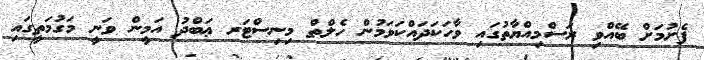
ފެށުމަށް ބޭއްވި ރަސްމިއްޔާތުގައި ވާހަކަދައްކަވަމުން ހެލްތް މިނިސްޓަރ ޢަބްދު އަމީން ވަނީ މަގުމަތީގައި